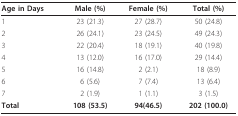
<table><thead><tr><td><b>Age in Days</b></td><td><b>Male (%)</b></td><td><b>Female (%)</b></td><td><b>Total (%)</b></td></tr></thead><tbody><tr><td>1</td><td>23 (21.3)</td><td>27 (28.7)</td><td>50 (24.8)</td></tr><tr><td>2</td><td>26 (24.1)</td><td>23 (24.5)</td><td>49 (24.3)</td></tr><tr><td>3</td><td>22 (20.4)</td><td>18 (19.1)</td><td>40 (19.8)</td></tr><tr><td>4</td><td>13 (12.0)</td><td>16 (17.0)</td><td>29 (14.4)</td></tr><tr><td>5</td><td>16 (14.8)</td><td>2 (2.1)</td><td>18 (8.9)</td></tr><tr><td>6</td><td>6 (5.6)</td><td>7 (7.4)</td><td>13 (6.4)</td></tr><tr><td>7</td><td>2 (1.9)</td><td>1 (1.1)</td><td>3 (1.5)</td></tr><tr><td><b>Total</b></td><td><b>108 (53.5)</b></td><td><b>94(46.5)</b></td><td><b>202 (100.0)</b></td></tr></tbody></table>